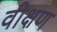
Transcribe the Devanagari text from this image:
वीक्षण